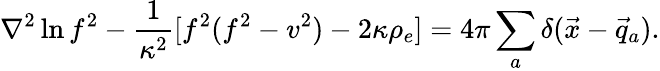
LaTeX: \nabla^{2}\ln f^{2}-\frac{1}{\kappa^{2}}[f^{2}(f^{2}-v^{2})-2\kappa\rho_{e}]=4\pi\sum_{a}\delta(\vec{x}-\vec{q}_{a}).